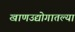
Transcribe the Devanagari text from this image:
खाणउद्योगातल्या